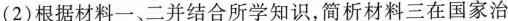
(2)根据材料一、二并结合所学知识，简析材料三在国家治